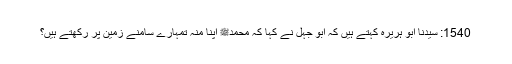
1540: سیدنا ابو ہریرہؓ کہتے ہیں کہ ابو جہل نے کہا کہ محمدﷺ اپنا منہ تمہارے سامنے زمین پر رکھتے ہیں؟